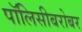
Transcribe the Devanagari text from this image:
पॉलिसीबरोबर